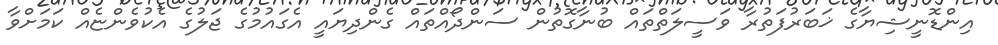
އިންޑޮނީޝިޔާގެ ޚަބަރުފަތުރާ ވަސީލަތްތައް ބުނާގޮތުން ސަންދޯއްތައް ގެންދިޔައީ އެގައުމުގެ ޖަލުގެ އެކުވެންޏެއް ކަމަށްވާ